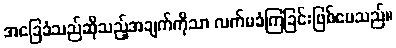
အခြေခံသည်ဆိုသည့်အချက်ကိုသာ လက်မခံကြခြင်းဖြစ်ပေသည်။